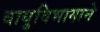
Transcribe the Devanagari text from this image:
वायुविभागाने